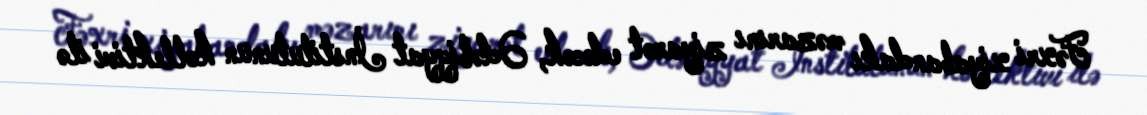
Fəxri xiyabandakı məzarını ziyarət edəcək, Ədəbiyyat İnstitutunun kollektivi ilə